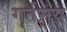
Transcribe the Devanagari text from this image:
गर्तमय